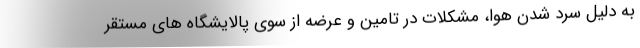
به دلیل سرد شدن هوا، مشکلات در تامین و عرضه از سوی پالایشگاه های مستقر